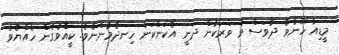
މީޑިއާ ހޫނުވެ ދުވަސް ވާ ވަރަކުން ދަނީ އެކަންކަން ހިނދެމުންނެވެ. ކީއްވެގެން ހެއްޔެވެ